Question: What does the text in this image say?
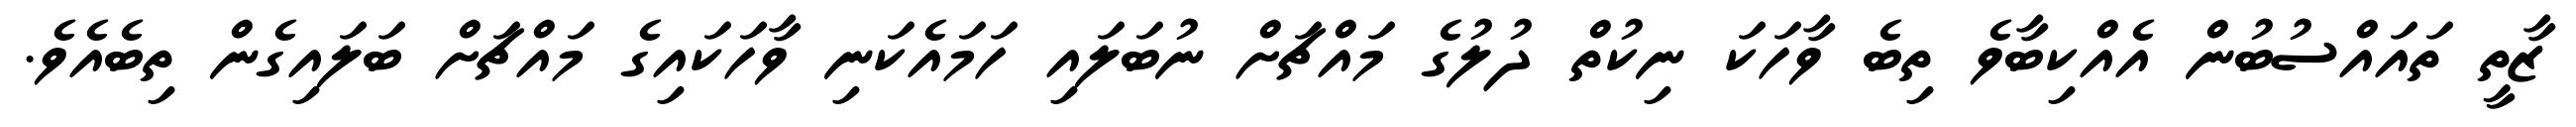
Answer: ޒާތީ ތައައްސުބުން އެއްކިބާވެ ތިބެ ވާހަކަ ނިކުތް ދުލުގެ މައްޗަށް ނުބަލައި ހަމައެކަނި ވާހަކައިގެ މައްޗަށް ބަލައިގެން ތިބެއެވެ.